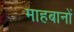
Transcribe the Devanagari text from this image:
माहबानों